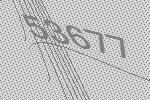
53677